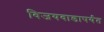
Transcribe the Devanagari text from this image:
विजयवाडापर्यंत